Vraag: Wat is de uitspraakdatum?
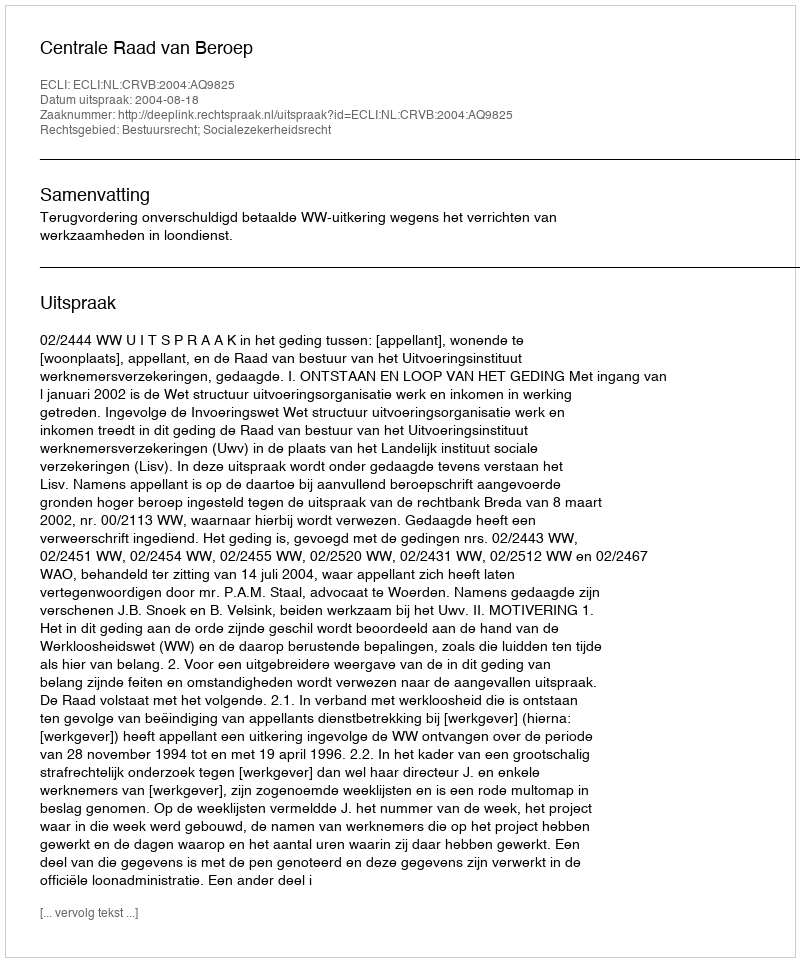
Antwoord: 2004-08-18